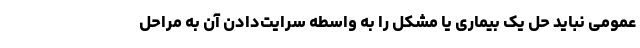
عمومی نباید حل یک بیماری یا مشکل را به واسطه سرایت‌دادن آن به مراحل